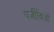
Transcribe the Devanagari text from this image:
पर्जीविओं